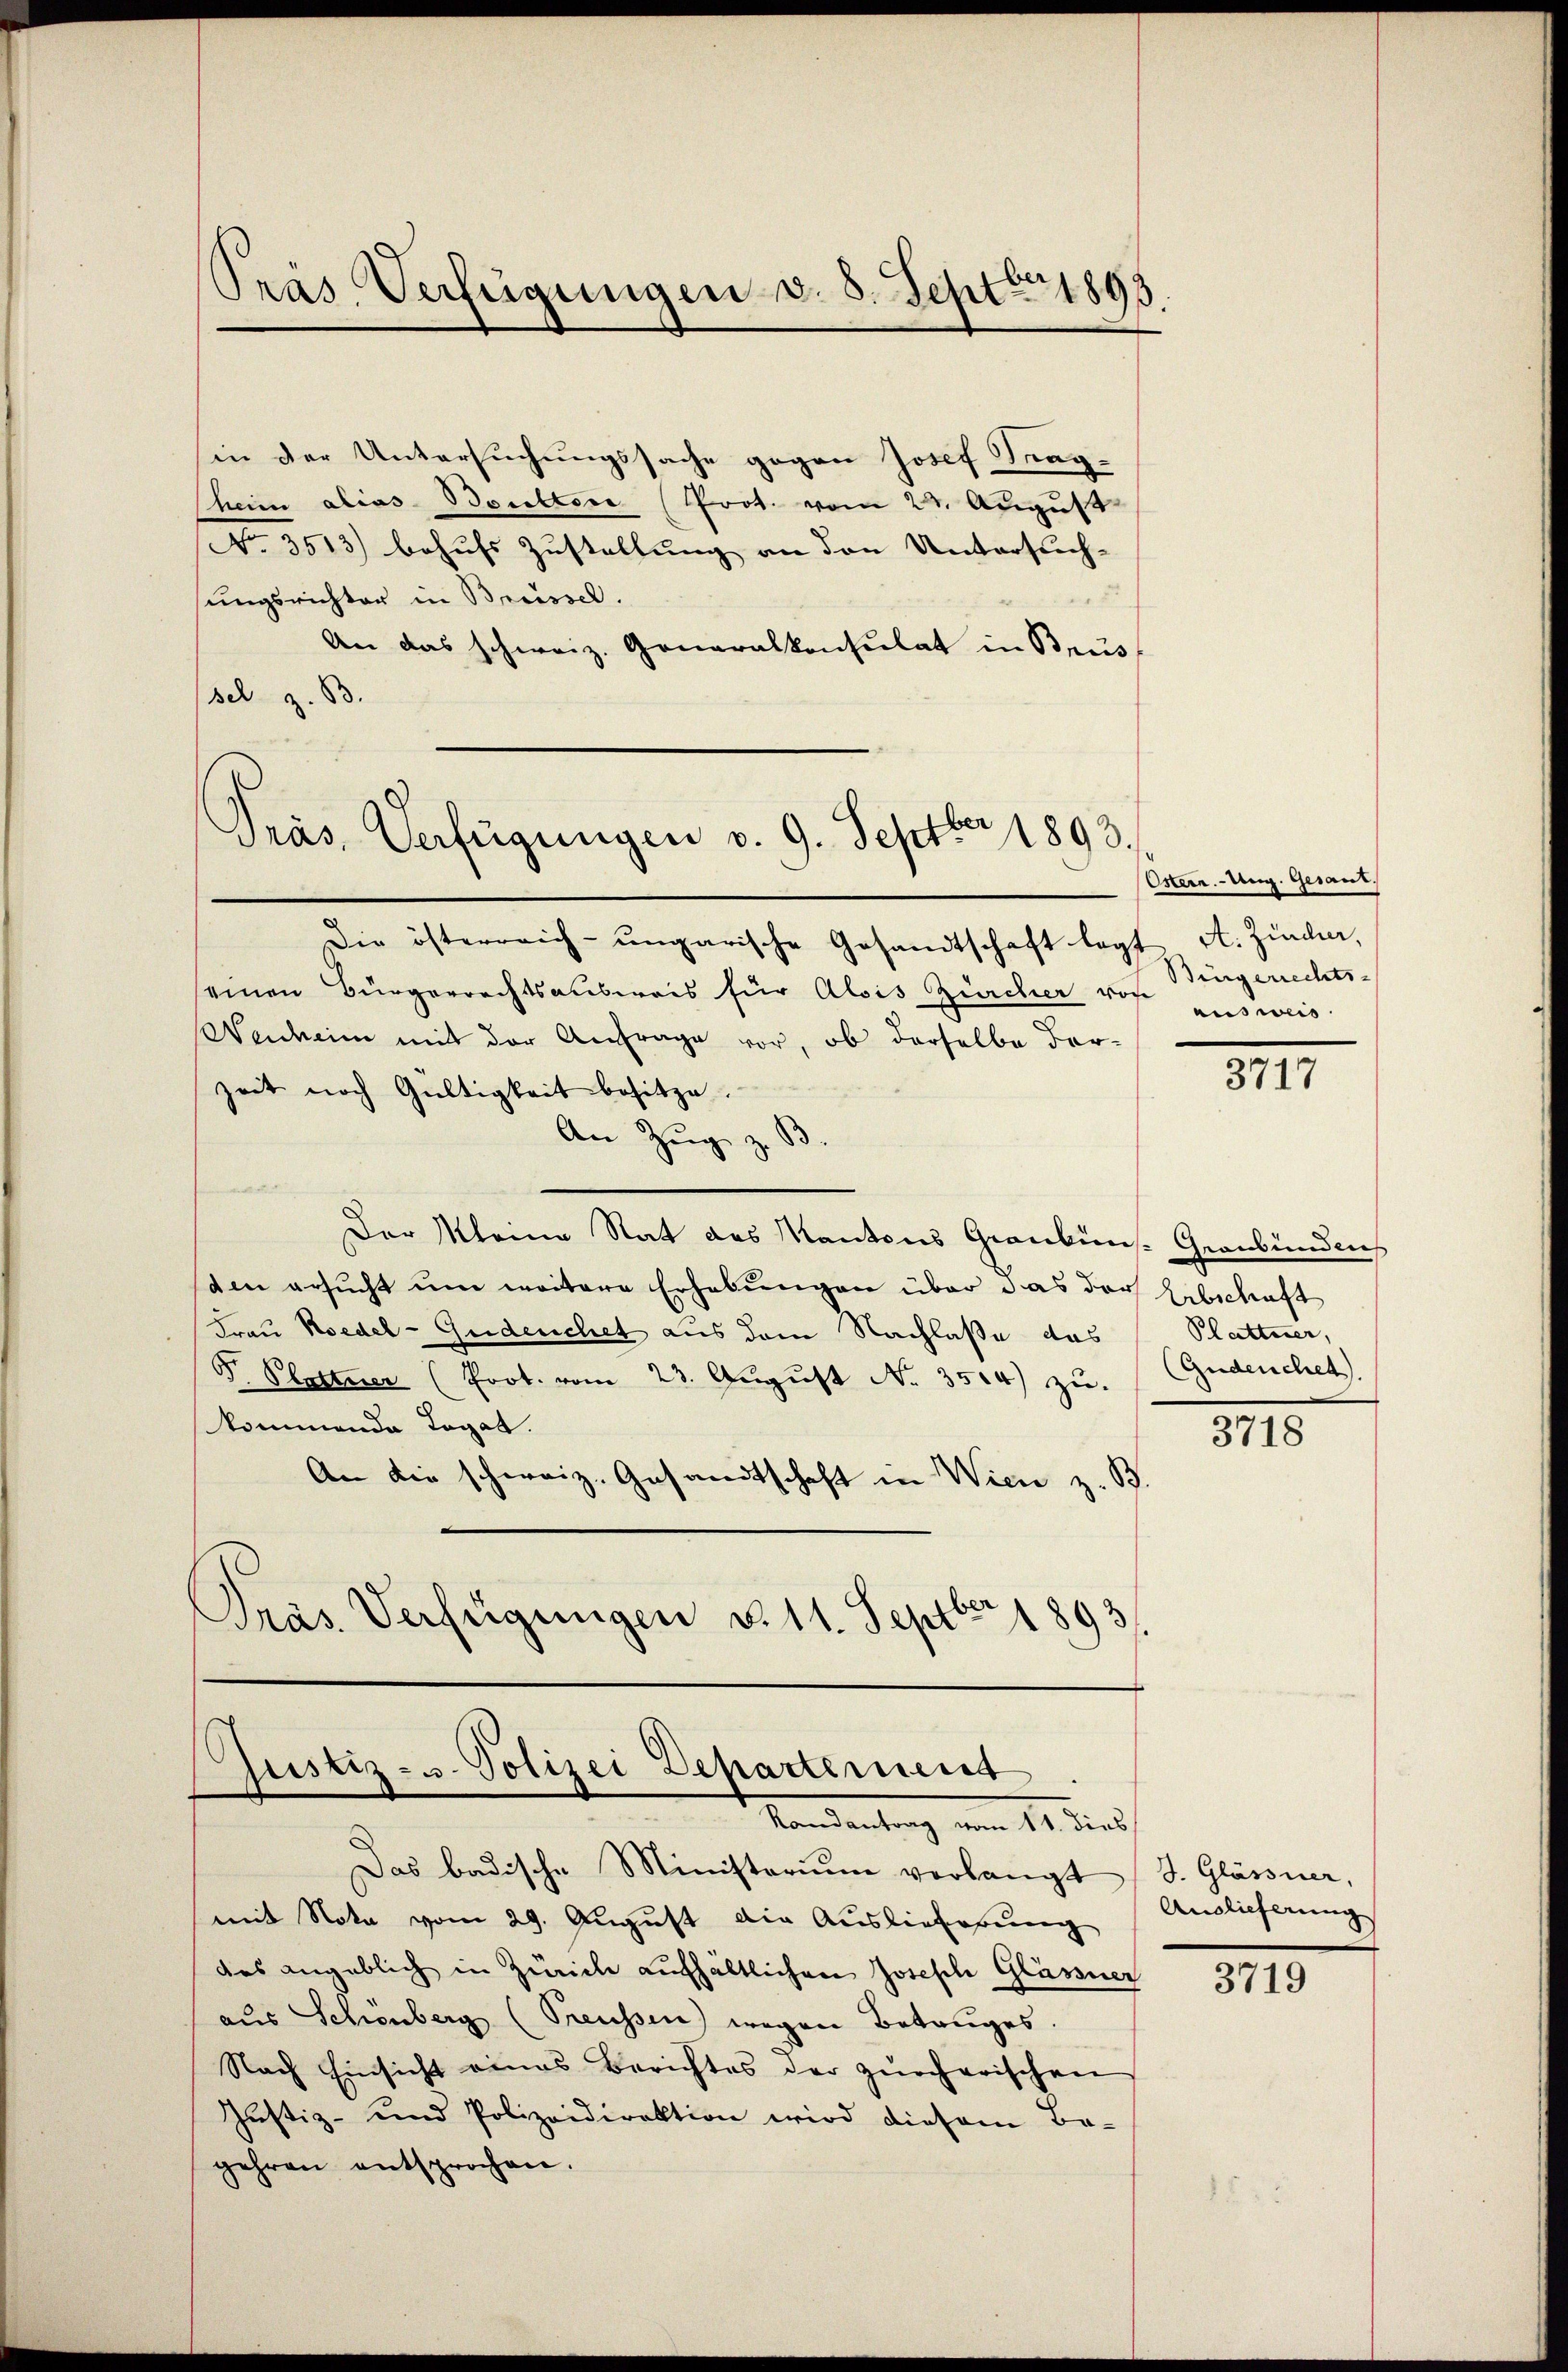
Pras Verfügungen v. 8. Sept 1893.

in der Untersuchungssache gegen Josef Tagheim alias Baulten (Prot. vom 22. August
No. 3513) behufs Zustellung an den Untersuch-
sungsrichter in Breissel.
An das schweiz. Generalkonsulat in Brus
sel. z. B.
Die österreich-ungarische Gesandtschaft legt
seinen Bürgerrechtsausweis für Alois Zürcher von
Wenheim mit der Anfrage vor, ob derselbe darzeit noch Gültigkeit besitze.
An Zŭg z. B.
Der Meine Rat des Kantons Graubüns. Graubündens
den ersucht um weitere Erhebungen über das der Abschaft
Frau Koedel-Gudeuchet aus dem Nachlaße das
Dr. Plattner (Prot. vom 23. August No. 3504) zu. (Gudeuchet.
kommende Legat.
An die schweiz. Gesandtschaft in Wien z. B.
Pras Verfügungen d. 11. Septbr. 1893

Präs. Verfügungen v. 9. Septbr 1893.

s
Justiz- u. Polizei Departerierer
Vandantung vom 14. die

Das badische Ministerium verlangt (S. Glässner,
mit Nota vom 29. August die Auslieferung
das angeblich in Zürich aufhältlichen Joseph Glässner
aus Schönberg (Treussen) wegen Betruges.
Nach Einsicht eines Berichtes der zürcherischen
Justiz- und Polizeidirektion wird diesem Be-
gehren entsprochen.

Ostern. Ung. Gesant.
A. Zürcher,
Bürgerrechts-
ausweis.

3717

Plattner,

3718

Auslieferung

3719